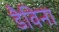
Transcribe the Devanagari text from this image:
डैविना